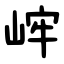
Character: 㟉